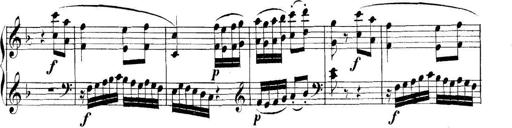
Title: Collected Piano Sonatas
Composer: Muzio Clementi